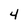
Character: 4